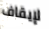
لإيقاف